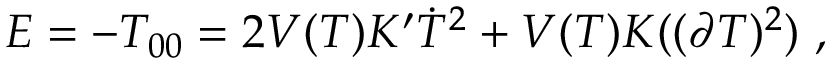
E = - T _ { 0 0 } = 2 V ( T ) K ^ { \prime } \dot { T } ^ { 2 } + V ( T ) K ( ( \partial T ) ^ { 2 } ) \ ,